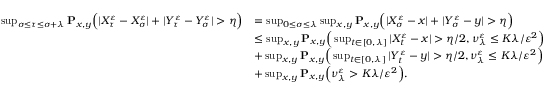
\begin{array} { r l } { \operatorname* { s u p } _ { \sigma \leq \tau \leq \sigma + \lambda } \mathbf { P } _ { x , y } \Big ( | X _ { \tau } ^ { \varepsilon } - X _ { \sigma } ^ { \varepsilon } | + | Y _ { \tau } ^ { \varepsilon } - Y _ { \sigma } ^ { \varepsilon } | > \eta \Big ) } & { = \operatorname* { s u p } _ { 0 \leq \sigma \leq \lambda } \operatorname* { s u p } _ { x , y } \mathbf { P } _ { x , y } \Big ( | X _ { \sigma } ^ { \varepsilon } - x | + | Y _ { \sigma } ^ { \varepsilon } - y | > \eta \Big ) } \\ & { \leq \operatorname* { s u p } _ { x , y } \mathbf { P } _ { x , y } \Big ( \operatorname* { s u p } _ { t \in [ 0 , \lambda ] } | X _ { t } ^ { \varepsilon } - x | > \eta / 2 , \nu _ { \lambda } ^ { \varepsilon } \leq K \lambda / \varepsilon ^ { 2 } \Big ) } \\ & { + \operatorname* { s u p } _ { x , y } \mathbf { P } _ { x , y } \Big ( \operatorname* { s u p } _ { t \in [ 0 , \lambda ] } | Y _ { t } ^ { \varepsilon } - y | > \eta / 2 , \nu _ { \lambda } ^ { \varepsilon } \leq K \lambda / \varepsilon ^ { 2 } \Big ) } \\ & { + \operatorname* { s u p } _ { x , y } \mathbf { P } _ { x , y } \Big ( \nu _ { \lambda } ^ { \varepsilon } > K \lambda / \varepsilon ^ { 2 } \Big ) . } \end{array}